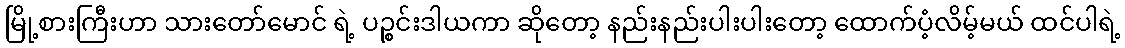
မြို့စားကြီးဟာ သားတော်မောင် ရဲ့ ပဉ္စင်းဒါယကာ ဆိုတော့ နည်းနည်းပါးပါးတော့ ထောက်ပံ့လိမ့်မယ် ထင်ပါရဲ့